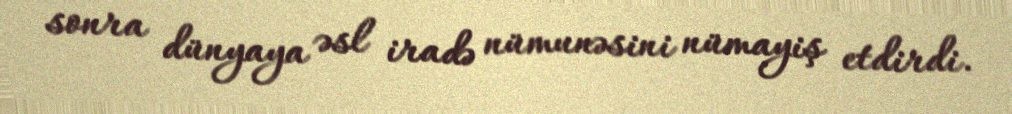
sonra dünyaya əsl iradə nümunəsini nümayiş etdirdi.